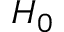
H _ { 0 }